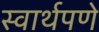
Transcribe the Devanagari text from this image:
स्वार्थपणे